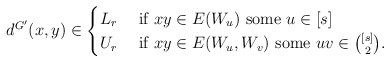
\begin{align*}d^{G'}(x,y)\in \begin{cases}L_r & \textnormal{ if } xy\in E(W_u) \textnormal{ some }u\in [s]\\U_r & \textnormal{ if } xy\in E(W_u,W_v) \textnormal{ some }uv\in {[s]\choose 2}.\end{cases}\end{align*}